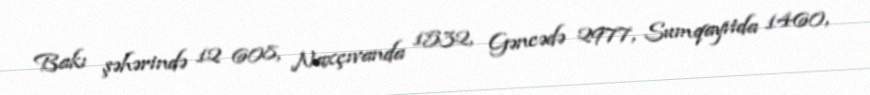
Bakı şəhərində 12 608, Naxçıvanda 1532, Gəncədə 2977, Sumqayıtda 1460,